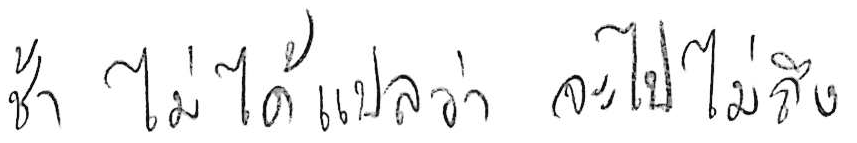
ช้า ไม่ได้แปลว่า จะไปไม่ถึง